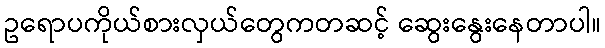
ဥရောပကိုယ်စားလှယ်တွေကတဆင့် ဆွေးနွေးနေတာပါ။